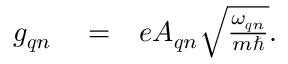
\begin{array} { r l r } { g _ { \boldsymbol { q } n } } & { { } = } & { e { \cal A } _ { \boldsymbol { q } n } \sqrt { \frac { \omega _ { \boldsymbol { q } n } } { m \hbar } } . } \end{array}